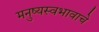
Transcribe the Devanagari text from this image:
मनुष्यस्वभावाचे